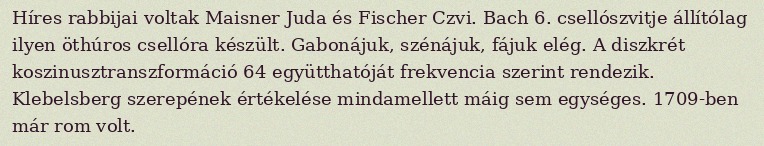
Híres rabbijai voltak Maisner Juda és Fischer Czvi. Bach 6. csellószvitje állítólag ilyen öthúros csellóra készült. Gabonájuk, szénájuk, fájuk elég. A diszkrét koszinusztranszformáció 64 együtthatóját frekvencia szerint rendezik. Klebelsberg szerepének értékelése mindamellett máig sem egységes. 1709-ben már rom volt.